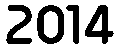
2014